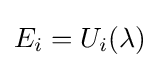
E_{i}=U_{i}(\lambda )